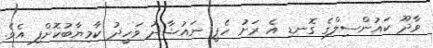
ވާދޫ ކައުންސިލްގެ ގޮނޑި އެ ރަށު ހެޕީ ނައުޝާދު ވަހީދު ކާމިޔާބުކޮށްފި އެވެ.